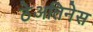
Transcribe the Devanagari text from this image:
ठेअतिनेस